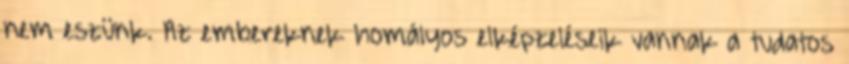
nem eszünk. Az embereknek homályos elképzeléseik vannak a tudatos